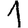
Digit: 1